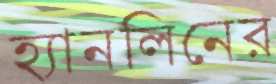
হ্যানলিনের